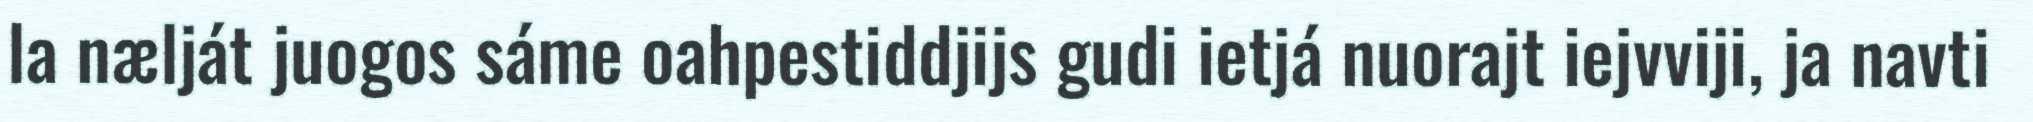
la nælját juogos sáme oahpestiddjijs gudi ietjá nuorajt iejvviji, ja navti